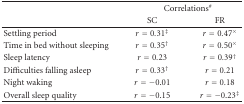
|  | <COLSPAN=2> Correlations# |
 |  | SC | FR |
 | --- | --- | --- |
 | Settling period | r = 0.31‡ | r = 0.47× |
 | Time in bed without sleeping | r = 0.35† | r = 0.50× |
 | Sleep latency | r = 0.23 | r = 0.39† |
 | Difficulties falling asleep | r = 0.33† | r = 0.21 |
 | Night waking | r = −0.01 | r = 0.18 |
 | Overall sleep quality | r = −0.15 | r = −0.23‡ |